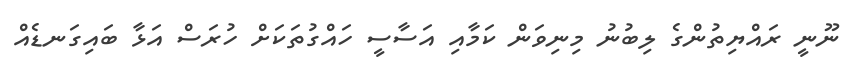
ނޫނީ ރައްޔިތުންގެ ލިބުނު މިނިވަން ކަމާއި އަސާސީ ހައްގުތަކަށް ހުރަސް އަޅާ ބައިގަނޑެއް